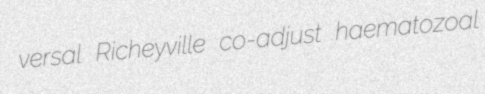
versal Richeyville co-adjust haematozoal